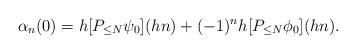
LaTeX: \begin{align*}\alpha_n (0) = h [P_{\leq N} \psi_0] (hn) + (-1)^n h [P_{\leq N} \phi_0] (hn).\end{align*}